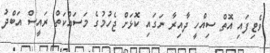
ވެޓިފައި އޮތް ސިއްހީ ދާއިރާ ނަގައި ކޮޅަށް ޖެހުމުގެ މަސައްކަތް ރައީސް އަބްދު